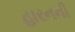
હારનની